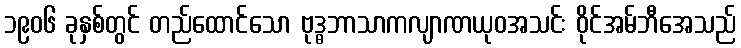
၁၉၀၆ ခုနှစ်တွင် တည်ထောင်သော ဗုဒ္ဓဘာသာကလျာဏယုဝအသင်း ဝိုင်အမ်ဘီအေသည်